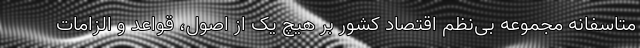
متاسفانه مجموعه بی‌نظم اقتصاد کشور بر هیچ یک از اصول، قواعد و الزامات